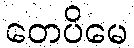
တေပိမေ